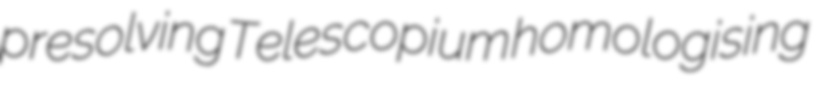
presolving Telescopium homologising